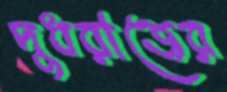
দুধরাজের